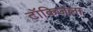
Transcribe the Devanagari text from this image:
टॉकिजला